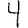
Digit: 4